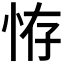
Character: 𢙨